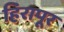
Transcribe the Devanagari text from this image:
हिरापूर